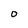
Character: 0